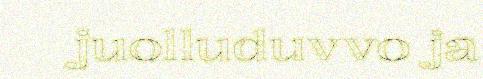
juolluduvvo ja